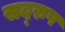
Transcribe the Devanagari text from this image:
सद्‌रुप